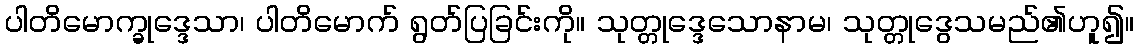
ပါတိမောက္ခုဒ္ဒေသာ၊ ပါတိမောက် ရွတ်ပြခြင်းကို။ သုတ္တုဒ္ဒေသောနာမ၊ သုတ္တုဒွေသမည်၏ဟူ၍။